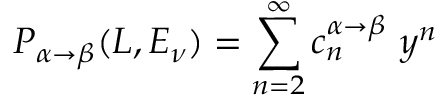
P _ { \alpha \to \beta } ( L , E _ { \nu } ) = \sum _ { n = 2 } ^ { \infty } c _ { n } ^ { \alpha \to \beta } ~ y ^ { n }